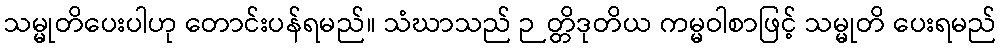
သမ္မုတိပေးပါဟု တောင်းပန်ရမည်။ သံဃာသည် ဉတ္တိဒုတိယ ကမ္မဝါစာဖြင့် သမ္မုတိ ပေးရမည်